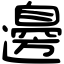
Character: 邊